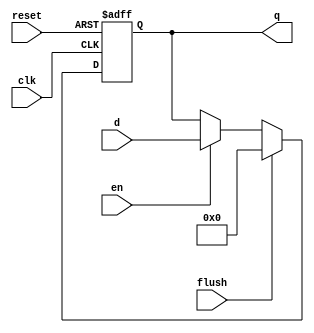
module pipe_reg_en #(parameter WIDTH = 42)(
    input clk, reset,
    input en, flush,
    input [WIDTH-1:0] d,
    output reg [WIDTH-1:0] q
    );
    
    always @(posedge clk or posedge reset)
    begin
        if(reset)
            q <= 0;
        else if(flush)
            q <= 0;
        else if(en)
            q <= d;
    end
        
 endmodule